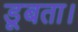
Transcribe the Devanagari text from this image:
डूबता।